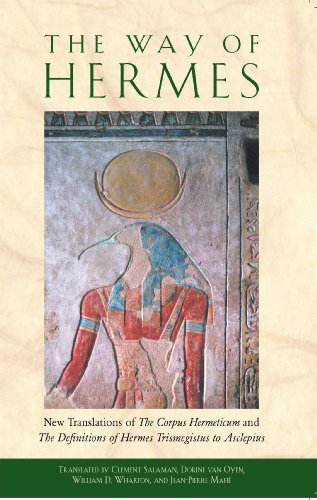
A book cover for The Way of Hermes: New Translations of The Corpus Hermeticum and The Definitions of Hermes Trismegistus to Asclepius; Clement Salaman; Politics & Social Sciences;